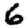
Digit: 6